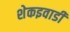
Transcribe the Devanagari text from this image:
शेकइवाडी